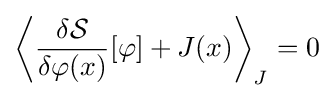
\left\langle {\frac {\delta {\mathcal {S}}}{\delta \varphi (x)}}[\varphi ]+J(x)\right\rangle _{J}=0